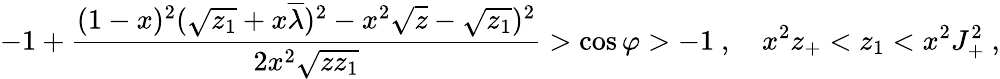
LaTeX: -1+\frac{(1-x)^{2}(\sqrt{z_{1}}+x\overline{{\lambda}})^{2}-x^{2}\sqrt{z}-\sqrt{z_{1}})^{2}}{2x^{2}\sqrt{zz_{1}}}>\cos\varphi>-1\ ,\quad x^{2}z_{+}<z_{1}<x^{2}J_{+}^{2}\ ,